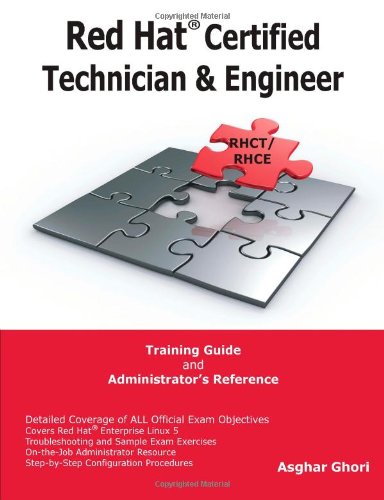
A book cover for Red HatÂ® Certified Technician & Engineer (RHCT and RHCE) Training Guide and Administrator's Reference; Asghar Ghori; Computers & Technology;